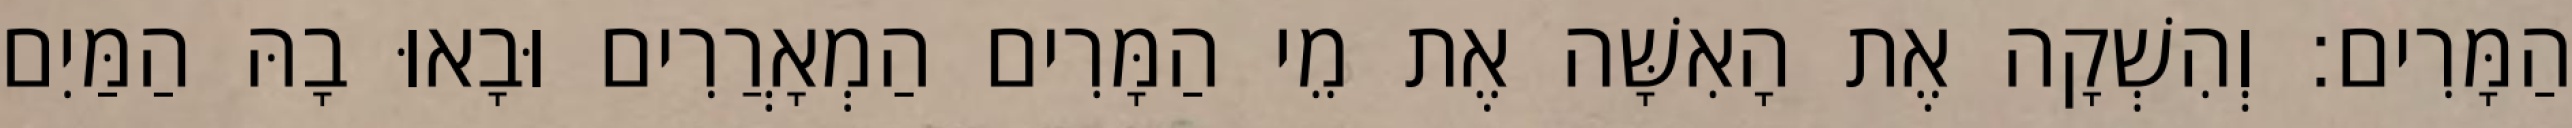
הַמָּרִים׃ וְהִשְׁקָה אֶת הָאִשָּׁה אֶת מֵי הַמָּרִים הַמְאָרֲרִים וּבָאוּ בָהּ הַמַּיִם